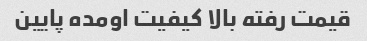
قیمت رفته بالا کیفیت اومده پایین